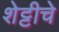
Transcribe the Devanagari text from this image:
शेट्टीचे